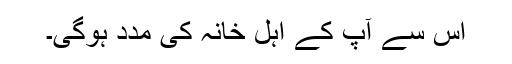
اس سے آپ کے اہل خانہ کی مدد ہوگی۔